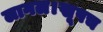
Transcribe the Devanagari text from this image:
लागल।खूपच